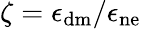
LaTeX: \zeta=\epsilon_{\mathrm{dm}}/\epsilon_{\mathrm{ne}}